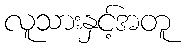
လူသားနှင့်အတူ